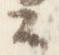
公